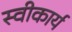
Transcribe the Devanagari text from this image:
स्‍वीकार्य